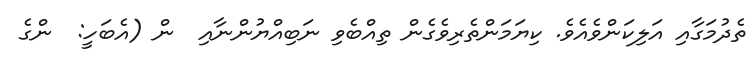
ތެދުމަގާއި އަލިކަންވެއެވެ. ކިޔަމަންތެރިވެގެން ތިއްބެވި ނަބިއްޔުންނާއި  ން (އެބަހީ:  ންގެ